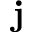
{ \bf j }